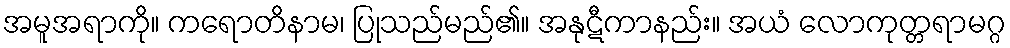
အမူအရာကို။ ကရောတိနာမ၊ ပြုသည်မည်၏။ အနုဋီကာနည်း။ အယံ လောကုတ္တရာမဂ္ဂ